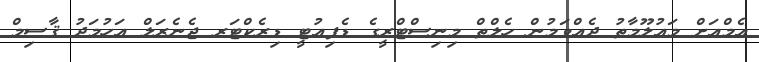
އެމްއަށް މައުލޫމާތު ދެއްވަމުން ހެލްތް މިނިސްޓްރީގެ ޑެޕިއުޓީ ޑިރެކްޓަރ ޖެނެރަލް އަހުމަދު ޤާސިމް